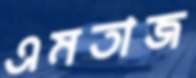
এমতাজ